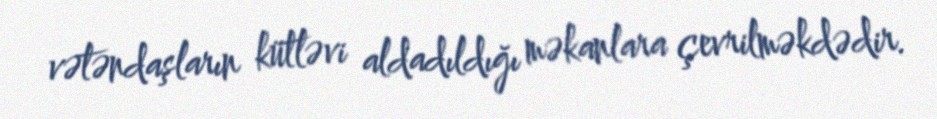
vətəndaşların kütləvi aldadıldığı məkanlara çevrilməkdədir.